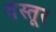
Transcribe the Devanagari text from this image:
देस्तूर